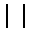
| \ |